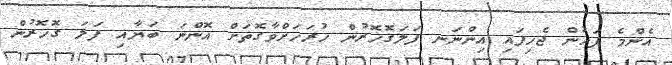
އެންމެ ފަހުން ޖެހިފައި އިންނަނ ފަލަގޮހޮރުން ހުރަހަށްވާގޮތަށް އޮންނަ ބަޔާއި ފަލަ ގޮހޮރުން